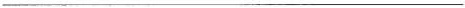
___